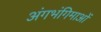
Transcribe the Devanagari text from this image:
अंगभंगिमाओं